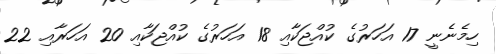
ހިމެނެނީ 17 އަަހަރުގެ ކުއްޖަކާއި 18 އަހަރުގެ ކުއްޖަކާއި 20 އަހަރާއި 22